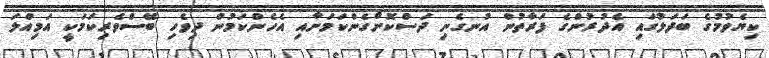
ކިޔެވުމުގެ ބަދަލުގައި އެދުރުންގެ ފަރާތުން އުނގެނި ދަސްކޮށްގެންކަމަށާއި އެހެންކަމުން ދިވެހި ބޭސްވެރިކަމަކީ އަމިއްލަ